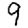
Digit: 9